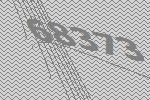
68373